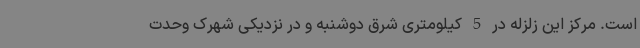
است. مرکز این زلزله در 5 کیلومتری شرق دوشنبه و در نزدیکی شهرک وحدت